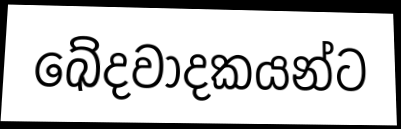
ඛේදවාදකයන්ට